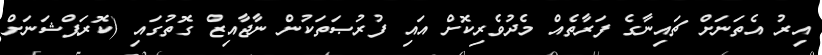
އިރު އެތަނަށް ޗައިނާގެ ފަރާތެއް މެދުވެރިކޮށް އައި ފުރުޞަތަކުން ނާޖާއިޒް ގޮތުގައި (ކޮރަޕްޝަނަށް